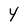
Character: Y